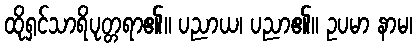
ထိုရှင်သာရိပုတ္တရာ၏။ ပညာယ၊ ပညာ၏။ ဥပမာ နာမ၊